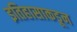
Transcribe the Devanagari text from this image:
इतिहासाकडून